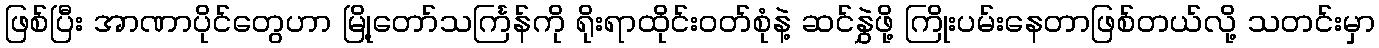
ဖြစ်ပြီး အာဏာပိုင်တွေဟာ မြို့တော်သင်္ကြန်ကို ရိုးရာထိုင်းဝတ်စုံနဲ့ ဆင်နွှဲဖို့ ကြိုးပမ်းနေတာဖြစ်တယ်လို့ သတင်းမှာ